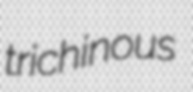
trichinous